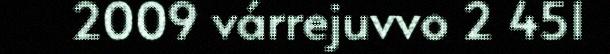
2009 várrejuvvo 2 451